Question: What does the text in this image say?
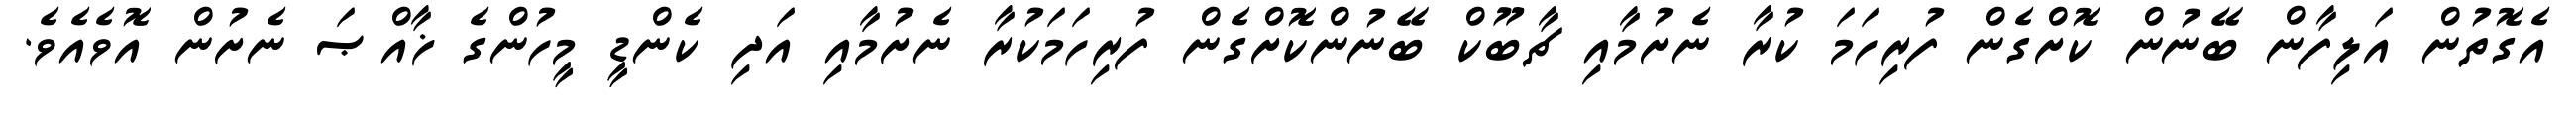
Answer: އެގޮތުން އަލިފާން ބޭނުން ކޮށްގެން ފުރިހަމަ ކުރާ ނެށުމާއި ޗާބޫކް ބޭނުންކޮށްގެން ފުރިހަމަކުރާ ނެށުމާއި އަދި ކެންޑީ މީހުންގެ ޚާއްޞަ ނެށުން އޮވެއެވެ.